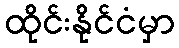
ထိုင်းနိုင်ငံမှာ